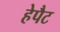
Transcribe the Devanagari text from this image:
हेपैट